Annual report of the Bengal Veterinary College and of the Civil Veterinary Department, Bengal, for the year 1917-18 - 1917-1918
Year: 1917
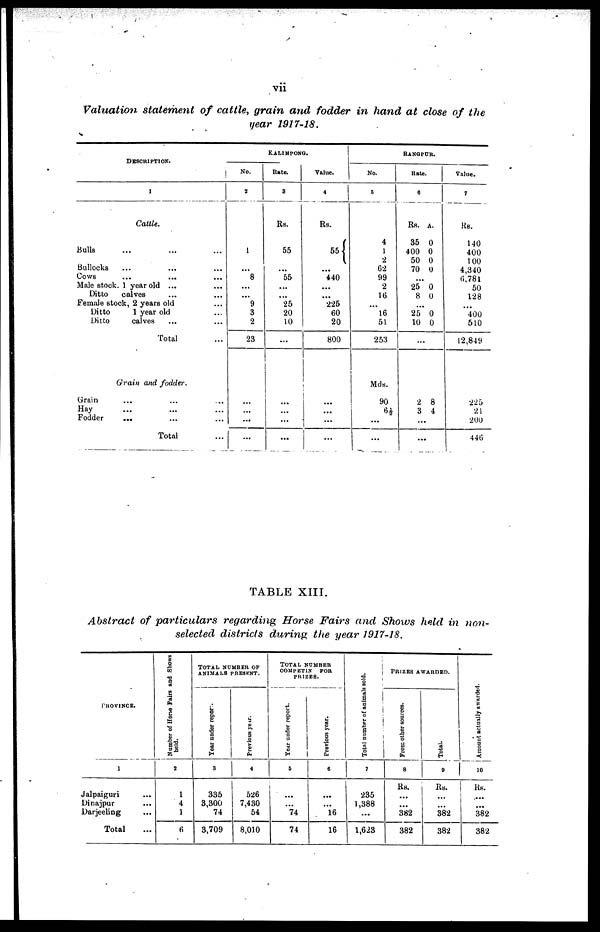
vii
Valuation
statement
of
cattle,
grain and
fodder
in hand
at
close
of
the
year
1917-18.
DESCRIPTION.
1
Cattle.
Bulls ... ... ...
Bullocks ... ... ...
Cows ... ... ...
Male stock. 1 year old ... ...
Ditto
calves ... ...
Female stock, 2 years old ...
Ditto
1 year old ...
Ditto
calves ... ...
Total ...
Grain
and
fodder.
Grain ... ... ...
Hay ... ... ...
Fodder ... ... ...
Total ...
KALIMPONG.
No.
2
1
...
8
...
...
9
3
2
23
...
...
...
...
Rate.
3
Rs.
55
...
55
...
...
25
20
10
...
...
...
...
...
Value.
4
Rs.
55
...
440
...
...
225
60
20
|
800
...
...
...
...
RANGPUR.
No.
5
4
1
2
62
99
2
16
...
16
51
253
Mds.
90
6½
...
...
Rate.
6
Rs. A.
35
0
400
0
50
0
70
0
...
25
0
8
0
...
25
0
10
0
...
2
8
3
4
...
...
Value.
7
Rs.
140
400
100
4,340
6,781
50
128
...
400
510
12,849
225
21
200
446
TABLE
XIII.
Abstract
of particulars regarding
Horse
Fairs
and
Shows
held
in
non-
selected
districts
during
the
year
1917-18.
PROVINCE.
1
Jalpaiguri ...
Dinajpur ...
Darjeeling ...
Total ...
Number of Horse
Fairs and Shows
held.
2
1
4
1
6
TOTAL NUMBER OF
ANIMALS PRESENT.
Year under report.
3
335
3,300
74
3,709
Previous year.
4
526
7,430
54
8,010
TOTAL NUMBER
COMPETIN FOR
PRIZES.
Year
under report.
5
...
...
74
74
Previous year.
6
...
...
16
16
Total number of animals sold.
7
235
1,388
...
1,623
PRIZES AWARDED.
From other sources.
8
Rs.
...
...
382
382
Total.
9
Rs.
...
...
382
382
Amount actually awarded.
10
Rs.
...
...
382
382